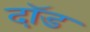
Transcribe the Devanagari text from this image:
दॉड